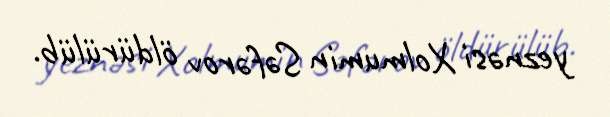
yeznəsi Xolmumin Səfərov öldürülüb.